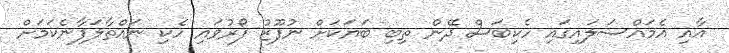
އާއި އެމައްސަލައިގައި ހެކިބަސް ދޭން ތިބި ބަޔަކަށް ނުފޫޒު ފޯރުވައި ހެކި ނައްތާލަފާނެކަމަށް